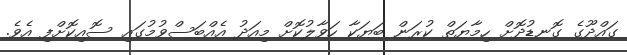
ގައްދޫގެ ގޮނޑުދޮށް ހިމާޔަތް ކުރަން ބަޔަކާ ހަވާލުކޮށް މިއަދު އެއްބަސްވުމުގައި ސޮއިކޮށްފި އެވެ.